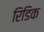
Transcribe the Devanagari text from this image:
रिडिक